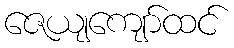
ဇေယျကျော်ထင်